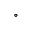
^ \circ